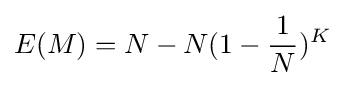
E(M)=N-N(1-{\frac {1}{N}})^{K}